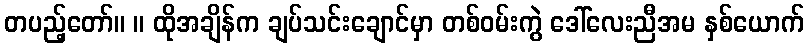
တပည့်တော်။ ။ ထိုအချိန်က ချပ်သင်းချောင်မှာ တစ်ဝမ်းကွဲ ဒေါ်လေးညီအမ နှစ်ယောက်